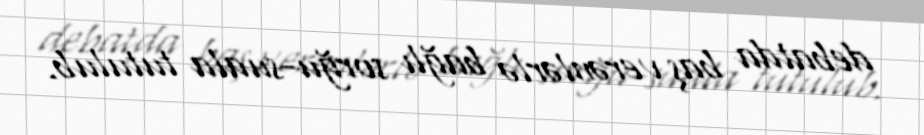
debatda baş verənlərlə bağlı sorğu-suala tutulub.